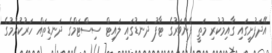
އޭދަފުށީގައި ގާއިމުކުރި މަތީ ފެންވަރުގެ ޓާފު ދަނޑުގައި ލައިޓް ސިސްޓަމްގެ ދަނޑިތައް ހަރުކުރުމުގެ